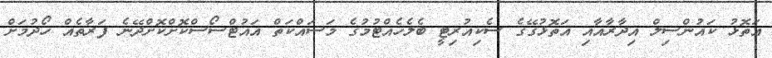
އަތޮޅު ކައުންސިލް އިދާރާއާއި އަތޮޅުގޭގެ ސެކިއުރިޓީ ބެލެހެއްޓުމުގެ މަސައްކަތް އައުޓްސޯސްކޮށްކޮށްދޭނެ ފަރާތެއް ހޯދުމަށް